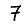
Digit: 7